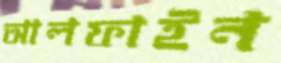
আলফাইন